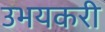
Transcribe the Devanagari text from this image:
उभयकरी